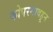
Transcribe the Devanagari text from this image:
कोपरगावहून